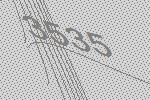
3535